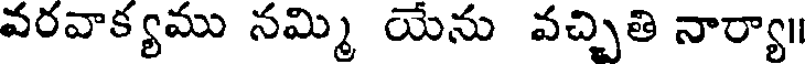
వరవాక్యము నమ్మి యేను వచ్చితి నార్యా॥